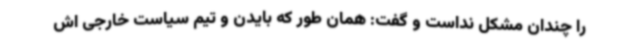
را چندان مشکل نداست و گفت: همان طور که بایدن و تیم سیاست خارجی اش